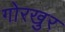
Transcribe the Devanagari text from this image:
गोरखुर